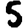
Digit: 5